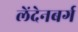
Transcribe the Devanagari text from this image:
लेंदेनबर्ग